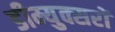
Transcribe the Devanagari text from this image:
डीम्युक्सरों